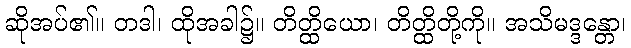
ဆိုအပ်၏။ တဒါ၊ ထိုအခါ၌။ တိတ္ထိယော၊ တိတ္ထိတို့ကို။ အသိမဒ္ဒန္တော၊